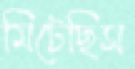
মিটেছিস